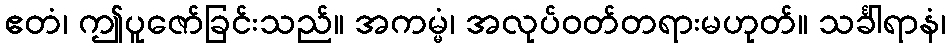
ဧတံ၊ ဤပူဇော်ခြင်းသည်။ အကမ္မံ၊ အလုပ်ဝတ်တရားမဟုတ်။ သင်္ခါရာနံ၊